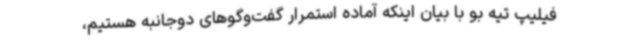
فیلیپ تیه بو با بیان اینکه آماده‌ استمرار گفت‌وگوهای دوجانبه هستیم،